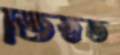
তিষ্ঠত